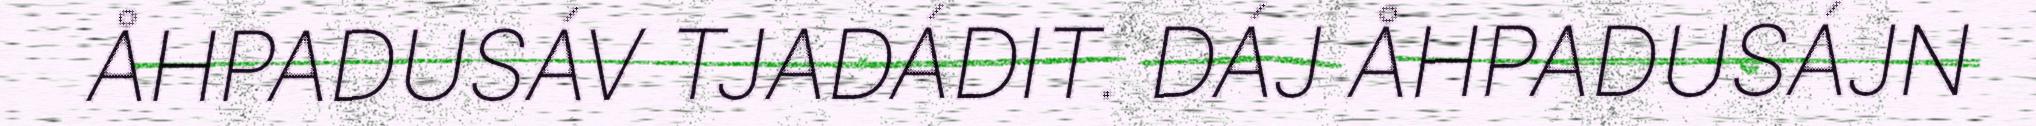
ÅHPADUSÁV TJADÁDIT. DÁJ ÅHPADUSÁJN